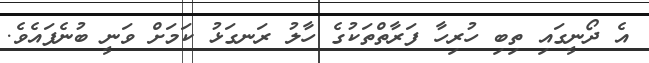
އެ ދޯނީގައި ތިބި ހުރިހާ ފަރާތްތަކުގެ ހާލު ރަނގަޅު ކަމަށް ވަނީ ބުނެފައެވެ.